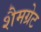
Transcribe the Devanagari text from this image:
शैमग्रेट